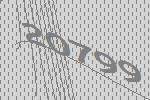
20799